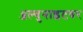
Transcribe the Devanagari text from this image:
ॲल्युनाइटवर